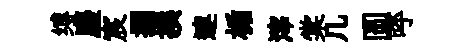
缚麈宸攔撰連楯滓棠几圆呼